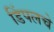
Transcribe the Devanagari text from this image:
डिंपलचे